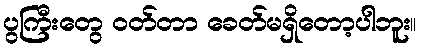
ပွကြီးတွေ ဝတ်တာ ခေတ်မရှိတော့ပါဘူး။